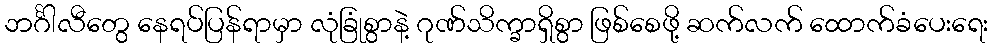
ဘင်္ဂါလီတွေ နေရပ်ပြန်ရာမှာ လုံခြုံစွာနဲ့ ဂုဏ်သိက္ခာရှိစွာ ဖြစ်စေဖို့ ဆက်လက် ထောက်ခံပေးရေး